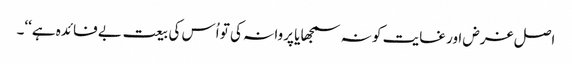
اصل غرض اور غایت کو نہ سمجھا یا پروا نہ کی تو اُس کی بیعت بے فائدہ ہے‘‘۔